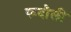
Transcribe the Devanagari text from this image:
रूदौली